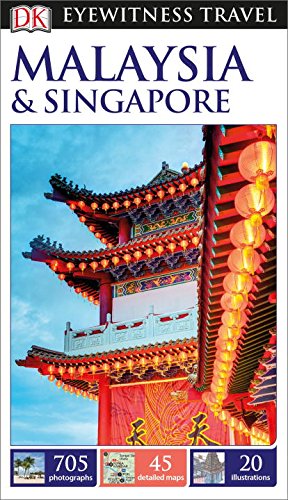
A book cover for DK Eyewitness Travel Guide: Malaysia & Singapore; DK Publishing; Travel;